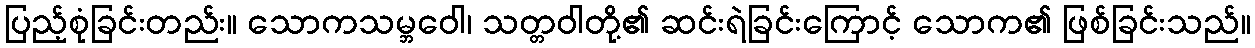
ပြည့်စုံခြင်းတည်း။ သောကသမ္ဘဝေါ၊ သတ္တဝါတို့၏ ဆင်းရဲခြင်းကြောင့် သောက၏ ဖြစ်ခြင်းသည်။